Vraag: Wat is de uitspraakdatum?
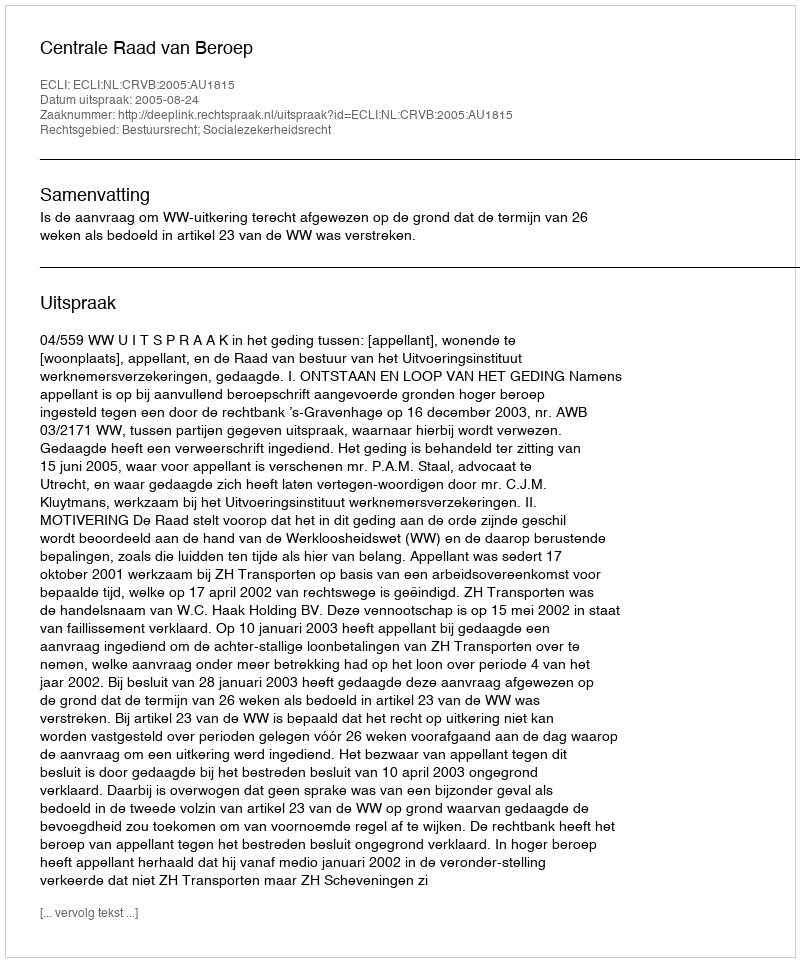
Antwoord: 2005-08-24